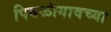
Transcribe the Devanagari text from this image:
पिवळीगावच्या